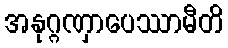
အနုဂ္ဂဏှာပေဿာမီတိ